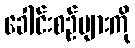
ခေါင်းစဉ်များကို